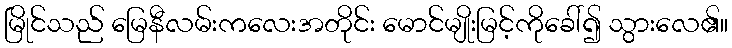
မြိုင်သည် မြေနီလမ်းကလေးအတိုင်း မောင်မျိုးမြင့်ကိုခေါ်၍ သွားလေ၏။